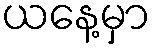
ယနေ့မှာ